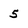
Character: 5